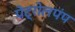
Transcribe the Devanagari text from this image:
पेट्रोलपंप